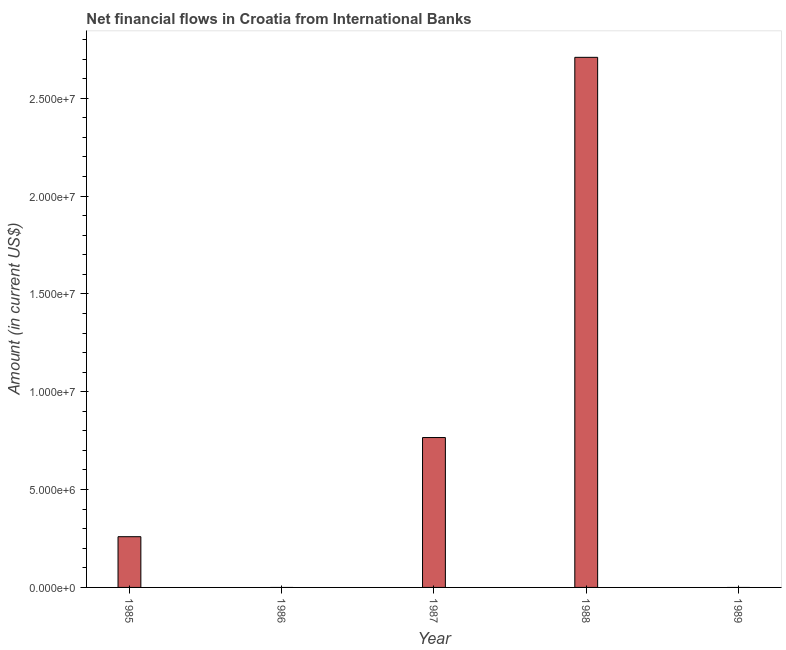
| Year | Net financial flows from IBRD |
 | --- | --- |
 | 1985 | 2.59e+06 |
 | 1986 | -2.71e+06 |
 | 1987 | 7.66e+06 |
 | 1988 | 2.71e+07 |
 | 1989 | -1.35e+07 |